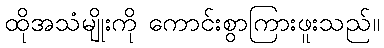
ထိုအသံမျိုးကို ကောင်းစွာကြားဖူးသည်။